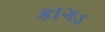
કાગડ